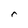
Character: r